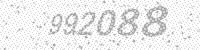
Solution: 992088